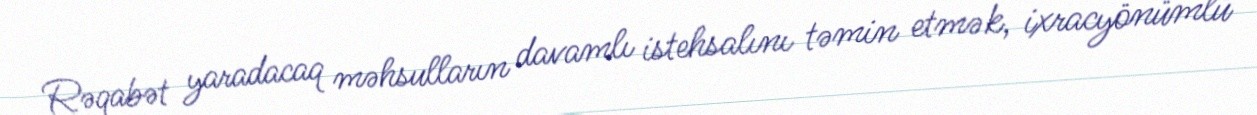
Rəqabət yaradacaq məhsulların davamlı istehsalını təmin etmək, ixracyönümlü